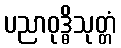
ပညာဝုဒ္ဓိသုတ္တံ